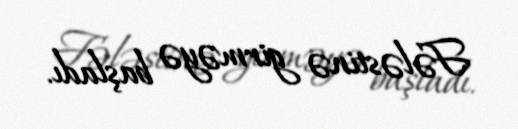
Fələstinə girməyə başladı.